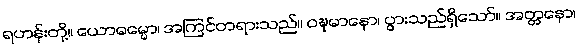
ရဟန်းတို့။ ယောဓမ္မော၊ အကြင်တရားသည်။ ဝဍ္ဎမာနော၊ ပွားသည်ရှိသော်။ အတ္တနော၊